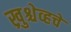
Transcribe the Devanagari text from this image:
ख्रुश्चेव्हचे